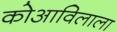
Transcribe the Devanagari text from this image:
कोआविलाला